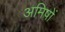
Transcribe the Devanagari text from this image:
अमिषों